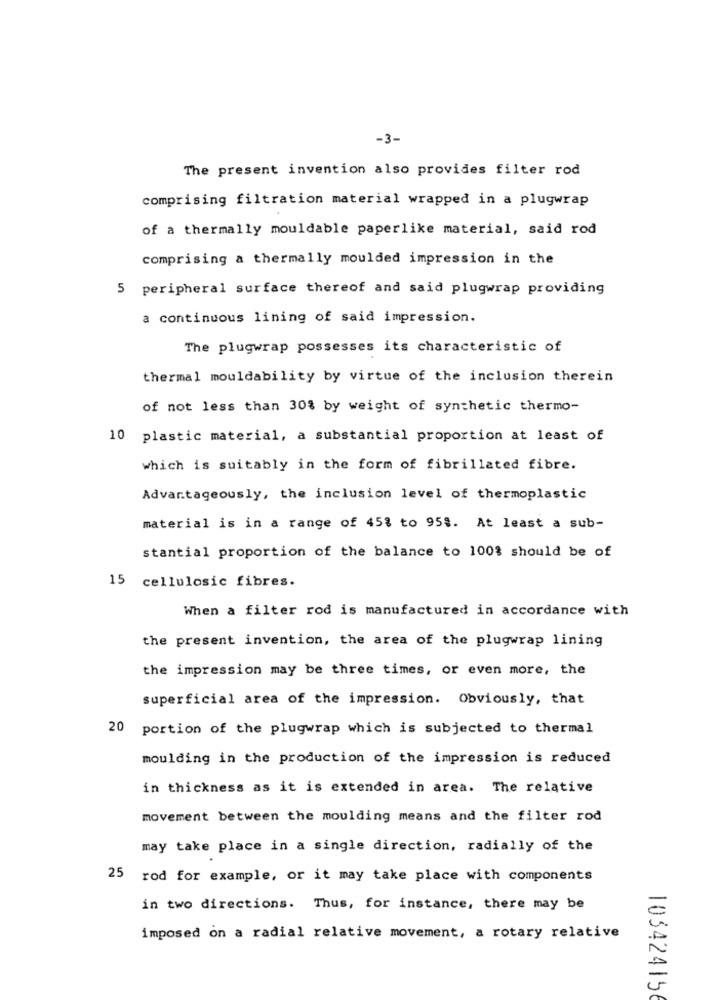
-3-
The present invention also provides filter rod
comprising filtration material wrapped in a plugwrap
of a thermally mouldable paperlike material, said rod
comprising a thermally moulded impression in the
5 peripheral surface thereof and said plugwrap providing
a continuous lining of said impression.
The plugwrap possesses its characteristic of
thermal mouldability by virtue of the inclusion therein
of not less than 30% by weight of synthetic thermo-
10 plastic material, a substantial proportion at least of
which is suitably in the form of fibrillated fibre.
Advantageously, the inclusion level of thermoplastic
material is in a range of 45% to 958. At least a sub-
stantial proportion of the balance to 100% should be of
15 cellulosic fibres.
When a filter rod is manufactured in accordance with
the present invention, the area of the plugwrap lining
the impression may be three times, or even more, the
superficial area of the impression. Obviously, that
20
portion of the plugwrap which is subjected to thermal
moulding in the production of the impression is reduced
in thickness as it is extended in area. The relative
movement between the moulding means and the filter rod
may take place in a single direction, radially of the
25 rod for example, or it may take place with components
in two directions. Thus, for instance, there may be
imposed on a radial relative movement, a rotary relative
103424156